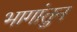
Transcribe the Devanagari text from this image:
भागांतुन